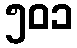
၅၀၁